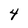
Character: 4